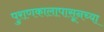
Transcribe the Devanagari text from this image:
पुराणकालापासूनच्या